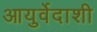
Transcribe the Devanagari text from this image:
आयुर्वेदाशी